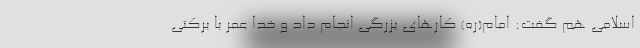
اسلامی هم گفت: امام(ره) کارهای بزرگی انجام داد و خدا عمر با برکتی